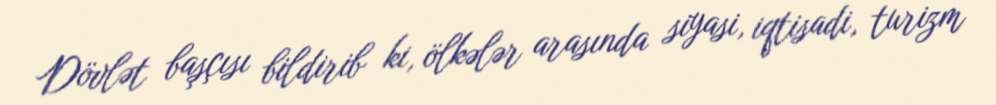
Dövlət başçısı bildirib ki, ölkələr arasında siyasi, iqtisadi, turizm